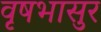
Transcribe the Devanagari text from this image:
वृषभासुर